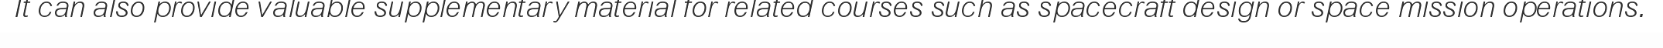
It can also provide valuable supplementary material for related courses such as spacecraft design or space mission operations.